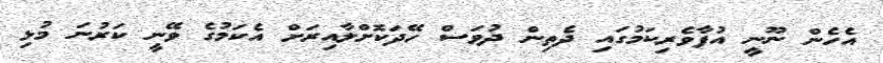
އެހެން ނޫނީ އުފާވެރިކަމުގައި ދެތިން ދުވަސް ހޭދަކޮށްލާއިރަށް އެކަމުގެ ވޭނީ ކަރުނަ މުޅި